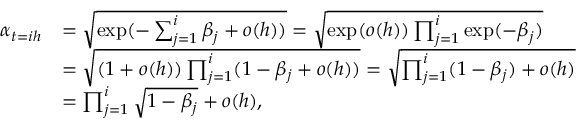
\begin{array} { r l } { \alpha _ { t = i h } } & { = \sqrt { \exp ( - \sum _ { j = 1 } ^ { i } \beta _ { j } + o ( h ) ) } = \sqrt { \exp ( o ( h ) ) \prod _ { j = 1 } ^ { i } \exp ( - \beta _ { j } ) } } \\ & { = \sqrt { ( 1 + o ( h ) ) \prod _ { j = 1 } ^ { i } ( 1 - \beta _ { j } + o ( h ) ) } = \sqrt { \prod _ { j = 1 } ^ { i } ( 1 - \beta _ { j } ) + o ( h ) } } \\ & { = \prod _ { j = 1 } ^ { i } \sqrt { 1 - \beta _ { j } } + o ( h ) , } \end{array}